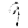
Digit: 9